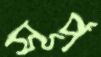
সূর্প